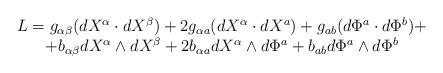
LaTeX: \begin{align*}\begin{array}{c}L=g_{\alpha\beta}(dX^{\alpha}\cdot dX^{\beta})+2g_{\alpha a}(dX^{\alpha}\cdot dX^a)+g_{ab}(d\Phi^a \cdot d\Phi^b)+\\+b_{\alpha\beta}dX^{\alpha}\wedge dX^{\beta}+2b_{\alpha a}dX^{\alpha} \wedge d\Phi^a + b_{ab} d\Phi^a\wedge d\Phi^b\end{array}\end{align*}